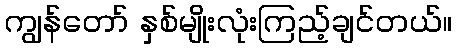
ကျွန်တော် နှစ်မျိုးလုံးကြည့်ချင်တယ်။